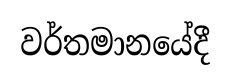
වර්තමානයේදී